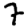
Digit: 7